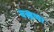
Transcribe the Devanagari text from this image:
बखणा